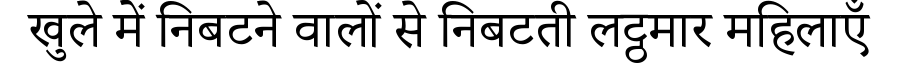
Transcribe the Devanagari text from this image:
खुले में निबटने वालों से निबटती लट्ठमार महिलाएँ